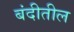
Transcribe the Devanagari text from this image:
बंदीतील